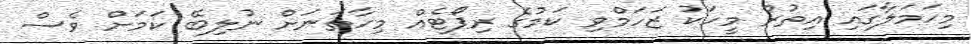
މިހަމަލާގައި އިތުރު މީހަކު ޒަހަމްވި ކަމުގެ ރިޕޯޓެއް މިހާތަނަށް ނުލިބޭ ކަމަށް ވެސް